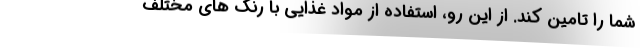
شما را تامین کند. از این رو، استفاده از مواد غذایی با رنگ های مختلف